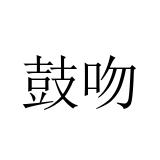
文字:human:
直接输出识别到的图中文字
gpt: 鼓吻